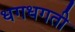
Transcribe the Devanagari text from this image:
धगधगती